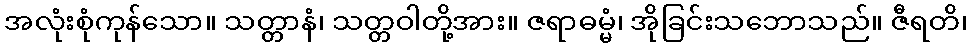
အလုံးစုံကုန်သော။ သတ္တာနံ၊ သတ္တဝါတို့အား။ ဇရာဓမ္မံ၊ အိုခြင်းသဘောသည်။ ဇီရတိ၊